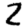
Digit: 2